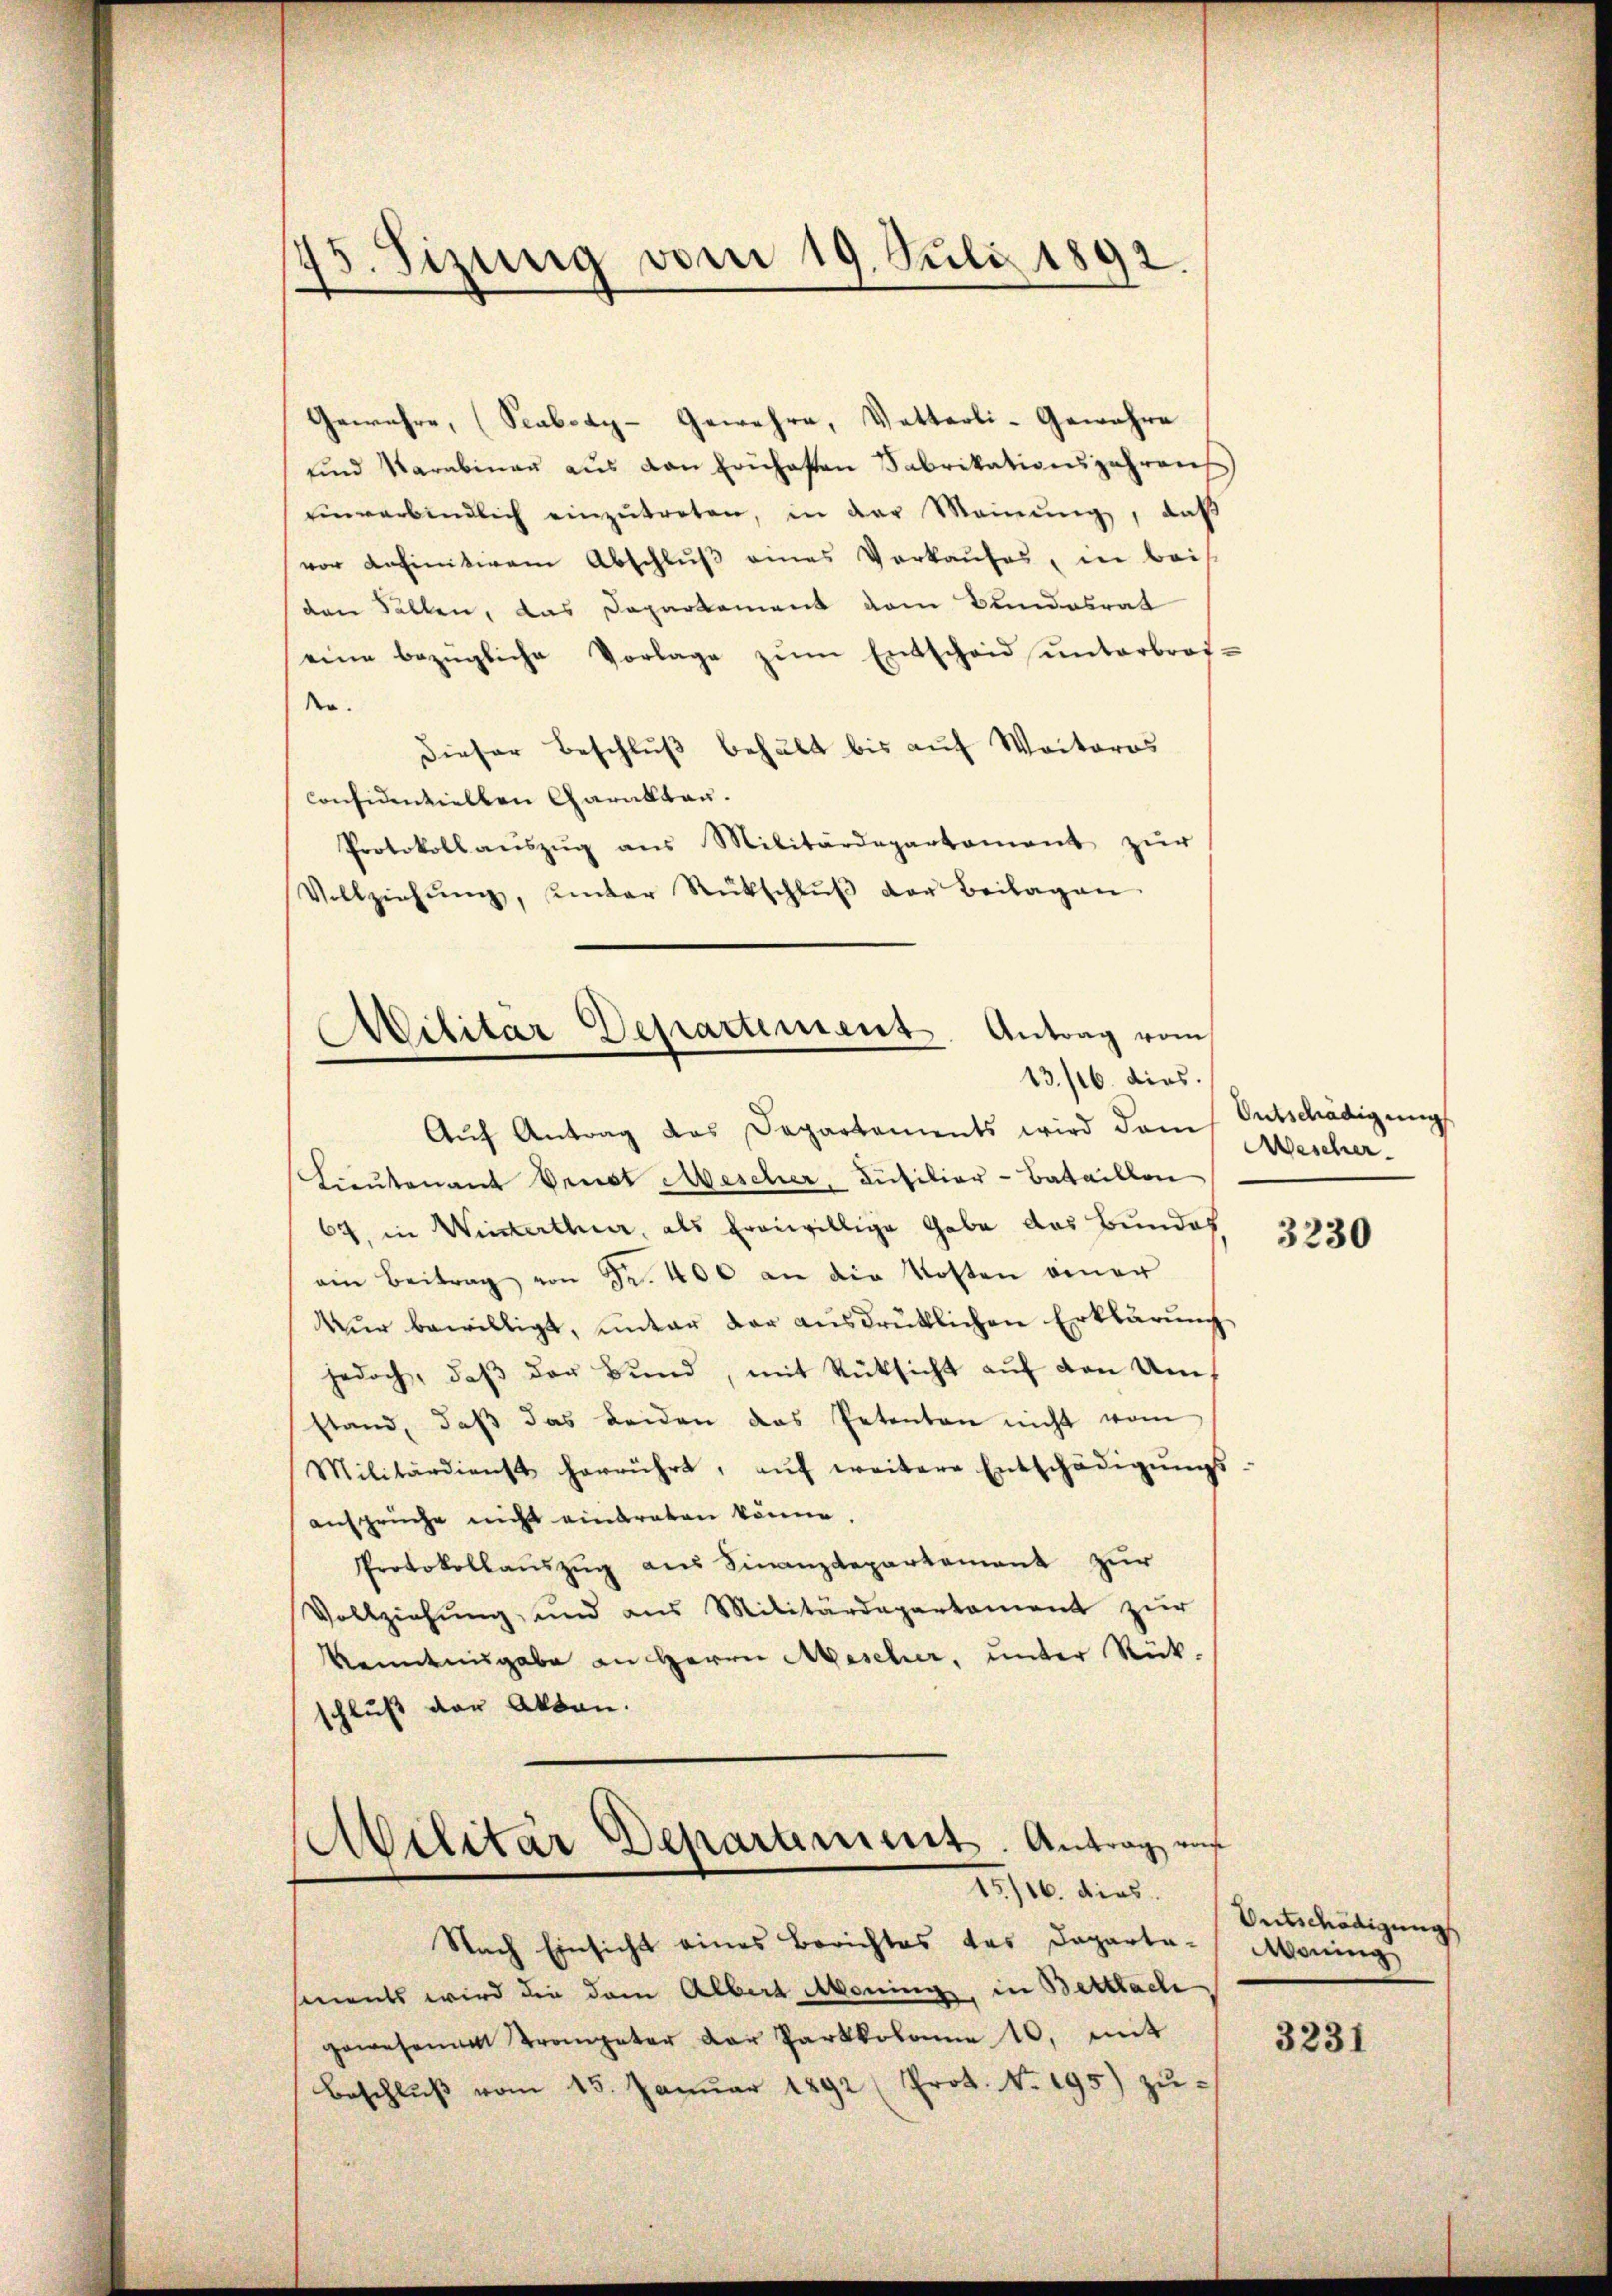
45. Sizung vom 19. Juli 1892.

Gewähre, (Scaboay-Gewehre, Vatterli-Gewähre
ŭnd Karabinaŭ aŭs den Frühesten Fabrikationsjahrens
inverbindlich einzŭtreten, in der Meinŭng, daß
vor definitiven Abschluß eines Verkaufes, in bei
den Fallen, das Departement dem Bundesrat
eine bezügliche Vorlage zŭm Entscheid ŭnterbrot-
der.
Dieser Beschluß behalt bis auf Weiteros
consinnviellen Garakten.
Protokollaŭszŭg ans Militärdepartement zŭr
Vollziehŭng, unter Rückschlŭβ der Beilagen.
Ailitär Departement. Antrag vom

13./26. dies.

Aŭf Antrag das Departements wird dem Entschädigung
Lieutenant Penst Bescher, Füsilier-Bataillon
64, in Winterthur, als Eroiwillige Gabe das Bundes
ain Beitrag von Fr. 400 an die Kosten einer
Kŭr bewilligt, ŭnter der aŭsdrüklichen Erklärŭng
jedoch, daβ der Bund, mit Rücksicht auf den Umstand, daß das beiden das Petenten nicht vom
Militärdienst herrührt, aŭf weitere Entschädigŭngs-
ansprüche nicht einbraten könne.
Protokollauszug aus Finanzdepartement zur
Vollziehung, und aus Militärdepartament zŭr
kenntnisgabe an Herrn Aescher, unter Rück-
schluß der Akten.

Militär Departement. Antrag auf
15/16. dies

Nach Einsicht eines Berichtes des Departa-Mening
ments wird die dem Albert Moning, in Bettlache
gewesenen Trompeter der Parkkobann 10. mit
Beschlŭβ vom 15. Janŭar 1892 (Prot. No. 195) zŭ-

Aescher.

3230

Entschädigungs

3231